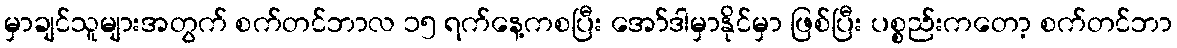
မှာချင်သူများအတွက် စက်တင်ဘာလ ၁၅ ရက်နေ့ကစပြီး အော်ဒါမှာနိုင်မှာ ဖြစ်ပြီး ပစ္စည်းကတော့ စက်တင်ဘာ